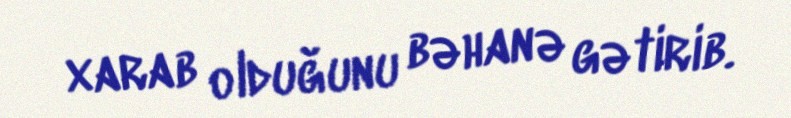
xarab olduğunu bəhanə gətirib.